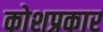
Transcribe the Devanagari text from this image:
कोशप्रकार